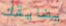
يضايقك